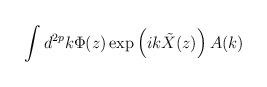
LaTeX: \begin{align*}\int d^{2p} k \Phi(z) \exp \left(i k\tilde{X}(z)\right)A(k)\end{align*}